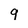
Character: 9